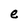
Character: e